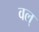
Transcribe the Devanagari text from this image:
वल्‌